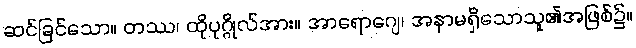
ဆင်ခြင်သော။ တဿ၊ ထိုပုဂ္ဂိုလ်အား။ အာရောဂျေ၊ အနာမရှိသောသူ၏အဖြစ်၌။